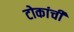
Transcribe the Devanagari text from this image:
टोकांची